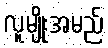
လူမျိုးအမည်